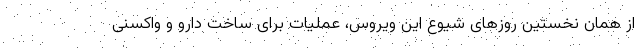
از همان نخستین روزهای شیوع این ویروس، عملیات برای ساخت دارو و واکسنی